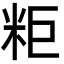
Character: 粔